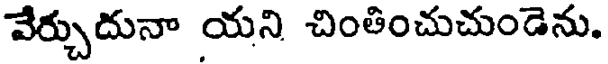
వేర్చుదునా యని చింతించుచుండెను.